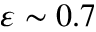
\varepsilon \sim 0 . 7